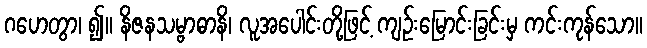
ဂဟေတွာ၊ ၍။ နိဇနသမ္ဗာဓာနိ၊ လူအပေါင်းတို့ဖြင့် ကျဉ်းမြောင်းခြင်းမှ ကင်းကုန်သော။